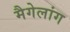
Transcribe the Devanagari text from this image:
मैगेलांग